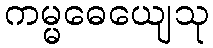
ကမ္မဓေယျေသု